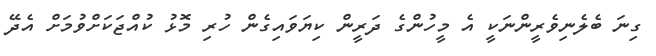
ގިނަ ބެލެނިވެރީންނަކީ އެ މީހުންގެ ދަރީން ކިޔަވައިގެން ހުރި މޮޅު ކުއްޖަކަށްވުމަށް އެދޭ